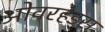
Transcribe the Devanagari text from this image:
ओवरहेड्स